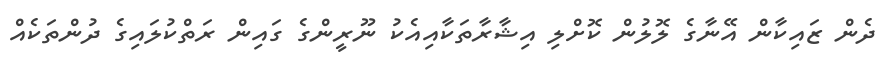
ދެން ޒައިކާން އޭނާގެ ލޮލުން ކޮށްލި އިޝާރާތަކާއިއެކު ނޫރީންގެ ގައިން ރަތްކުލައިގެ ދުންތަކެއް